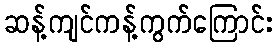
ဆန့်ကျင်ကန့်ကွက်ကြောင်း